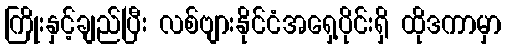
ကြိုးနှင့်ချည်ပြီး လစ်ဗျားနိုင်ငံအရှေ့ပိုင်းရှိ ထိုဒကာမှာ